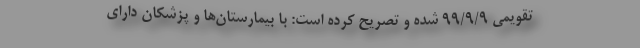
تقویمی ۹۹/۹/۹ شده و تصریح کرده است: با بیمارستان‌ها و پزشکان دارای